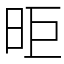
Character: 昛